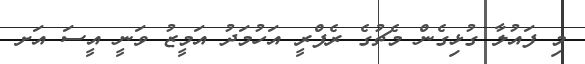
މި ފައުލާ ގުޅިގެން މެޗުގެ ރެފްރީ އަހުމަދު އަމީޒު ވަނީ އީސަ އަށ